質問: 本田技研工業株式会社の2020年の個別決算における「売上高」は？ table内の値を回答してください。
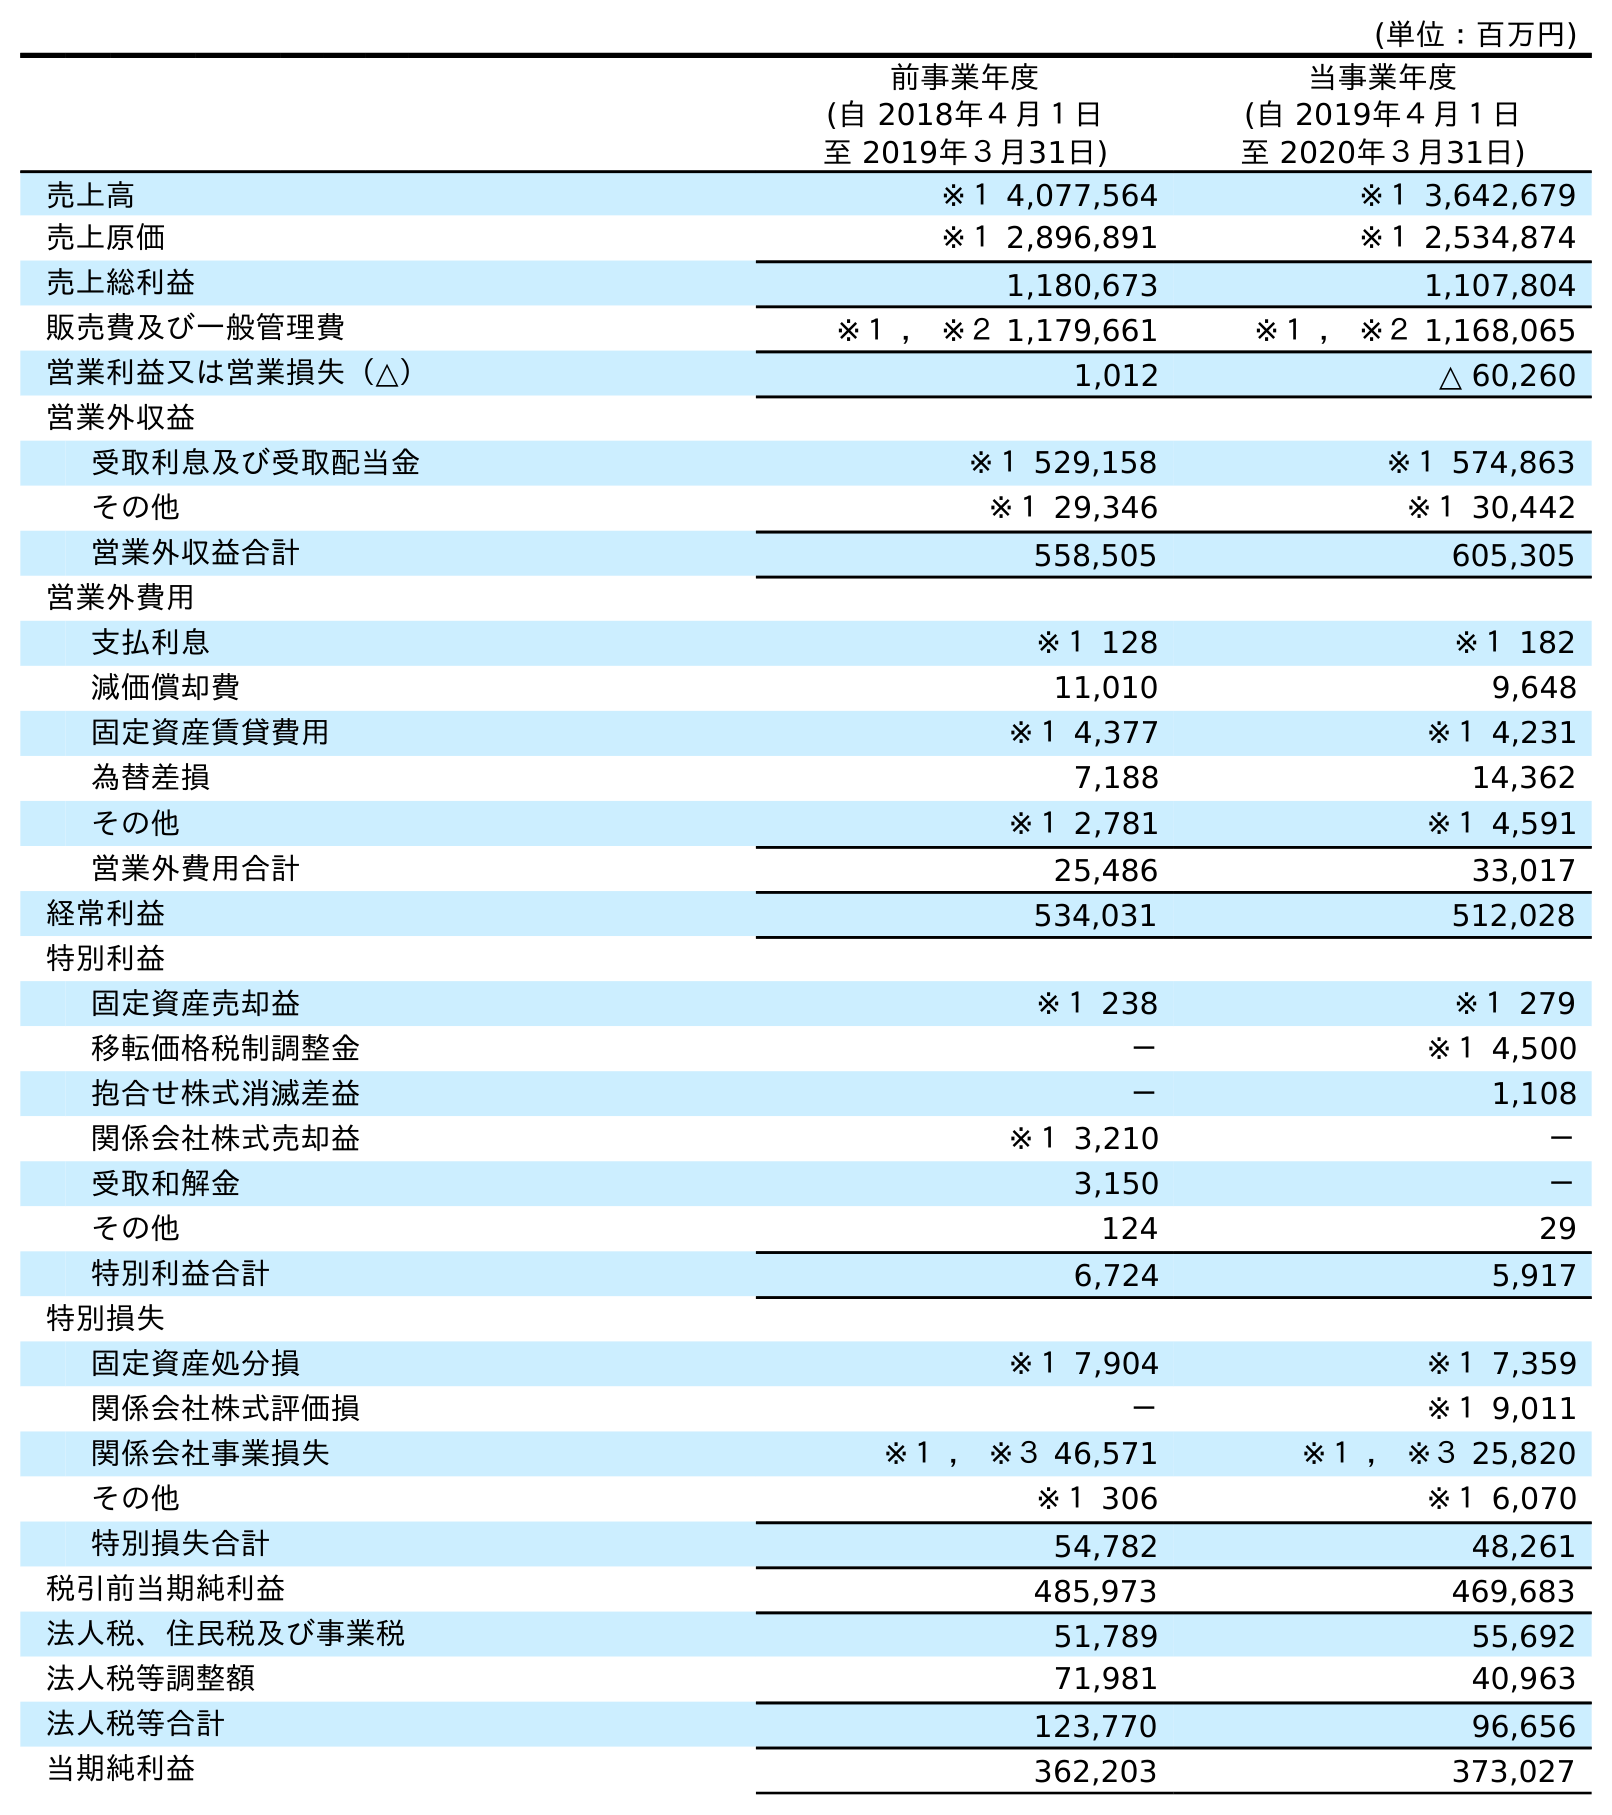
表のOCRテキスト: (単位：百万円) 前事業年度 (自 2018年４月１日 至 2019年３月31日) 当事業年度 (自 2019年４月１日 至 2020年３月31日) 売上高 ※１ 4,077,564 ※１ 3,642,679 売上原価 ※１ 2,896,891 ※１ 2,534,874 売上総利益 1,180,673 1,107,804 販売費及び一般管理費 ※１ ， ※２ 1,179,661 ※１ ， ※２ 1,168,065 営業利益又は営業損失（△） 1,012 △ 60,260 営業外収益 受取利息及び受取配当金 ※１ 529,158 ※１ 574,863 その他 ※１ 29,346 ※１ 30,442 営業外収益合計 558,505 605,305 営業外費用 支払利息 ※１ 128 ※１ 182 減価償却費 11,010 9,648 固定資産賃貸費用 ※１ 4,377 ※１ 4,231 為替差損 7,188 14,362 その他 ※１ 2,781 ※１ 4,591 営業外費用合計 25,486 33,017 経常利益 534,031 512,028 特別利益 固定資産売却益 ※１ 238 ※１ 279 移転価格税制調整金 － ※１ 4,500 抱合せ株式消滅差益 － 1,108 関係会社株式売却益 ※１ 3,210 － 受取和解金 3,150 － その他 124 29 特別利益合計 6,724 5,917 特別損失 固定資産処分損 ※１ 7,904 ※１ 7,359 関係会社株式評価損 － ※１ 9,011 関係会社事業損失 ※１ ， ※３ 46,571 ※１ ， ※３ 25,820 その他 ※１ 306 ※１ 6,070 特別損失合計 54,782 48,261 税引前当期純利益 485,973 469,683 法人税、住民税及び事業税 51,789 55,692 法人税等調整額 71,981 40,963 法人税等合計 123,770 96,656 当期純利益 362,203 373,027
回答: ※１3,642,679